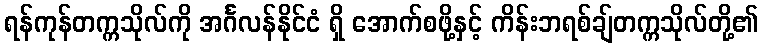
ရန်ကုန်တက္ကသိုလ်ကို အင်္ဂလန်နိုင်ငံ ရှိ အောက်စဖို့နှင့် ကိန်းဘရစ်ချ်တက္ကသိုလ်တို့၏